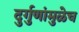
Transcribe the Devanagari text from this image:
दुर्गुणांमुळेच